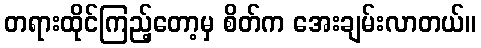
တရားထိုင်ကြည့်တော့မှ စိတ်က အေးချမ်းလာတယ်။